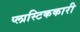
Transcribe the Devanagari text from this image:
प्लास्टिककारी